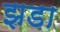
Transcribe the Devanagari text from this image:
झडा